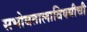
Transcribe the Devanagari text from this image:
सभोवतालाविषयीची